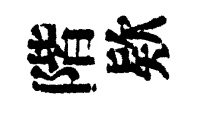
階欵